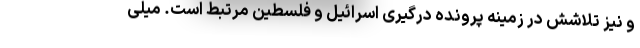
و نیز تلاشش در زمینه پرونده درگیری اسرائیل و فلسطین مرتبط است. میلی